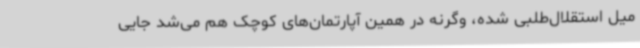
میل استقلال‌طلبی شده، وگرنه در همین آپارتمان‌های کوچک هم می‌شد جایی